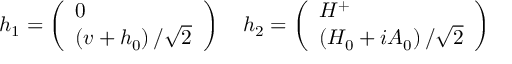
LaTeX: h _ { 1 } = \left( \begin{array} { l } { { 0 } } \\ { { \left( v + h _ { 0 } \right) / \sqrt { 2 } } } \end{array} \right) \quad h _ { 2 } = \left( \begin{array} { l } { { H ^ { + } } } \\ { { \left( H _ { 0 } + i A _ { 0 } \right) / \sqrt { 2 } } } \end{array} \right)